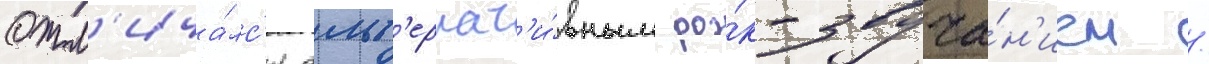
Отл'ича́лс'я альт'ернат'и́вным ро́к-звуча́н'ием /